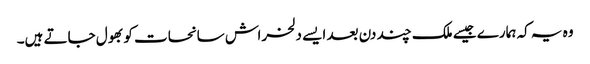
وہ یہ کہ ہمارے جیسے ملک چند دن بعد ایسے دلخراش سانحات کو بھول جاتے ہیں۔